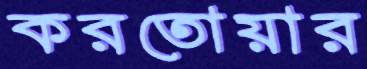
করতোয়ার